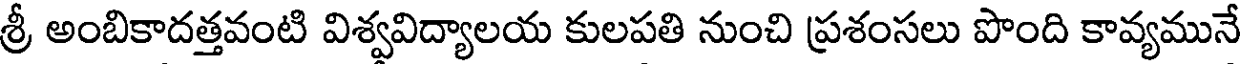
శ్రీ అంబికాదత్తవంటి విశ్వవిద్యాలయ కులపతి నుంచి ప్రశంసలు పొంది కావ్యమునే